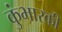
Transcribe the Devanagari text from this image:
कुंभारकी